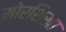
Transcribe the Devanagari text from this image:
मोरशिखा